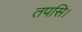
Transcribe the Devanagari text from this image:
तपसि।